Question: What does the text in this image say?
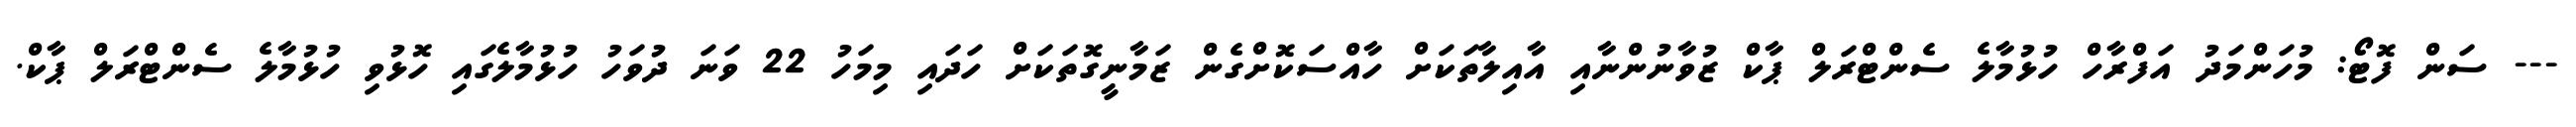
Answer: --- ސަން ފޮޓޯ: މުހަންމަދު އަފްރާހް ހުޅުމާލެ ސެންޓްރަލް ޕާކް ޒުވާނުންނާއި އާއިލާތަކަށް ހާއްސަކޮށްގެން ޒަމާނީގޮތަކަށް ހަދައި މިމަހު 22 ވަނަ ދުވަހު ހުޅުމާލެގައި ހޮޅުވި ހުޅުމާލެ ސެންޓްރަލް ޕާކް.